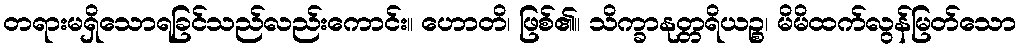
တရားမရှိသောရခြင်သည်လည်းကောင်း။ ဟောတိ၊ ဖြစ်၏။ သိက္ခာနုတ္တရိယဉ္စ၊ မိမိထက်လွန်မြတ်သော